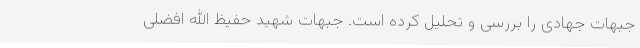
جبهات جهادی را بررسی و تحلیل کرده است. جبهات شهید حفیظ الله افضلی